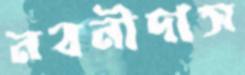
নবনীদাস